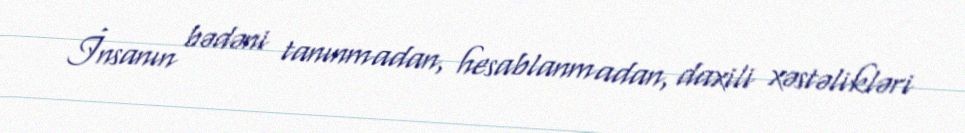
İnsanın bədəni tanınmadan, hesablanmadan, daxili xəstəlikləri